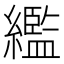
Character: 繿